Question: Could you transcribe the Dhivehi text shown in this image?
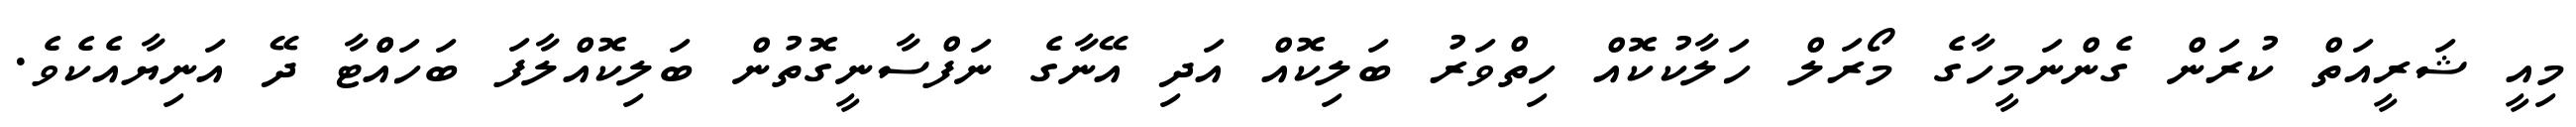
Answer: މިއީ ޝަރީއަތް ކުރަން ގެންނަމީހާގެ މޯރަލް ހަލާކުކޮއް ހިތްވަރު ބަލިކޮއް އަދި އޭނާގެ ނަފްސާނީގޮތުން ބަލިކޮއްލާފަ ބަހައްްޓާ ދޭ އަނިޔާއެކެވެ.